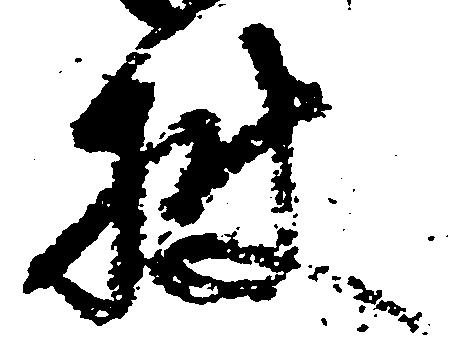
披